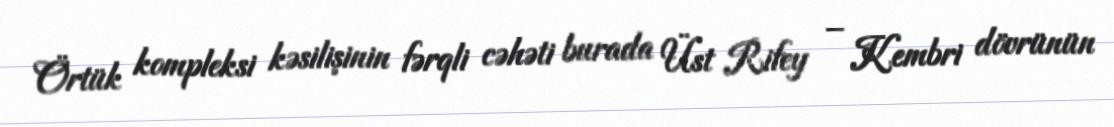
Örtük kompleksi kəsilişinin fərqli cəhəti burada Üst Rifey – Kembri dövrünün